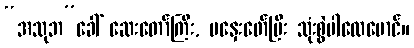
“အသုဘ”ခေါ် ဆေးတော်ကြီး, မနှေးဖော်ပြီး သုံးစွဲပါလေမောင်။